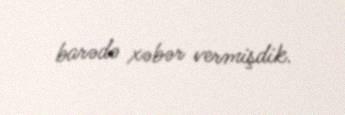
barədə xəbər vermişdik.